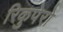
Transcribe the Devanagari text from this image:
रिकुपेरो